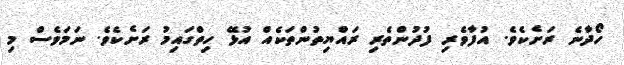
ހޯދާނެ ރަށެކެވެ. އުފާވެރި ފުދުންތެރި ރައްޔިތުންތަކެއް އުޅޭ ހިތްގައިމު ރަށެކެވެ. ނަމަވެސް މި